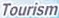
Tourism